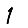
Digit: 1